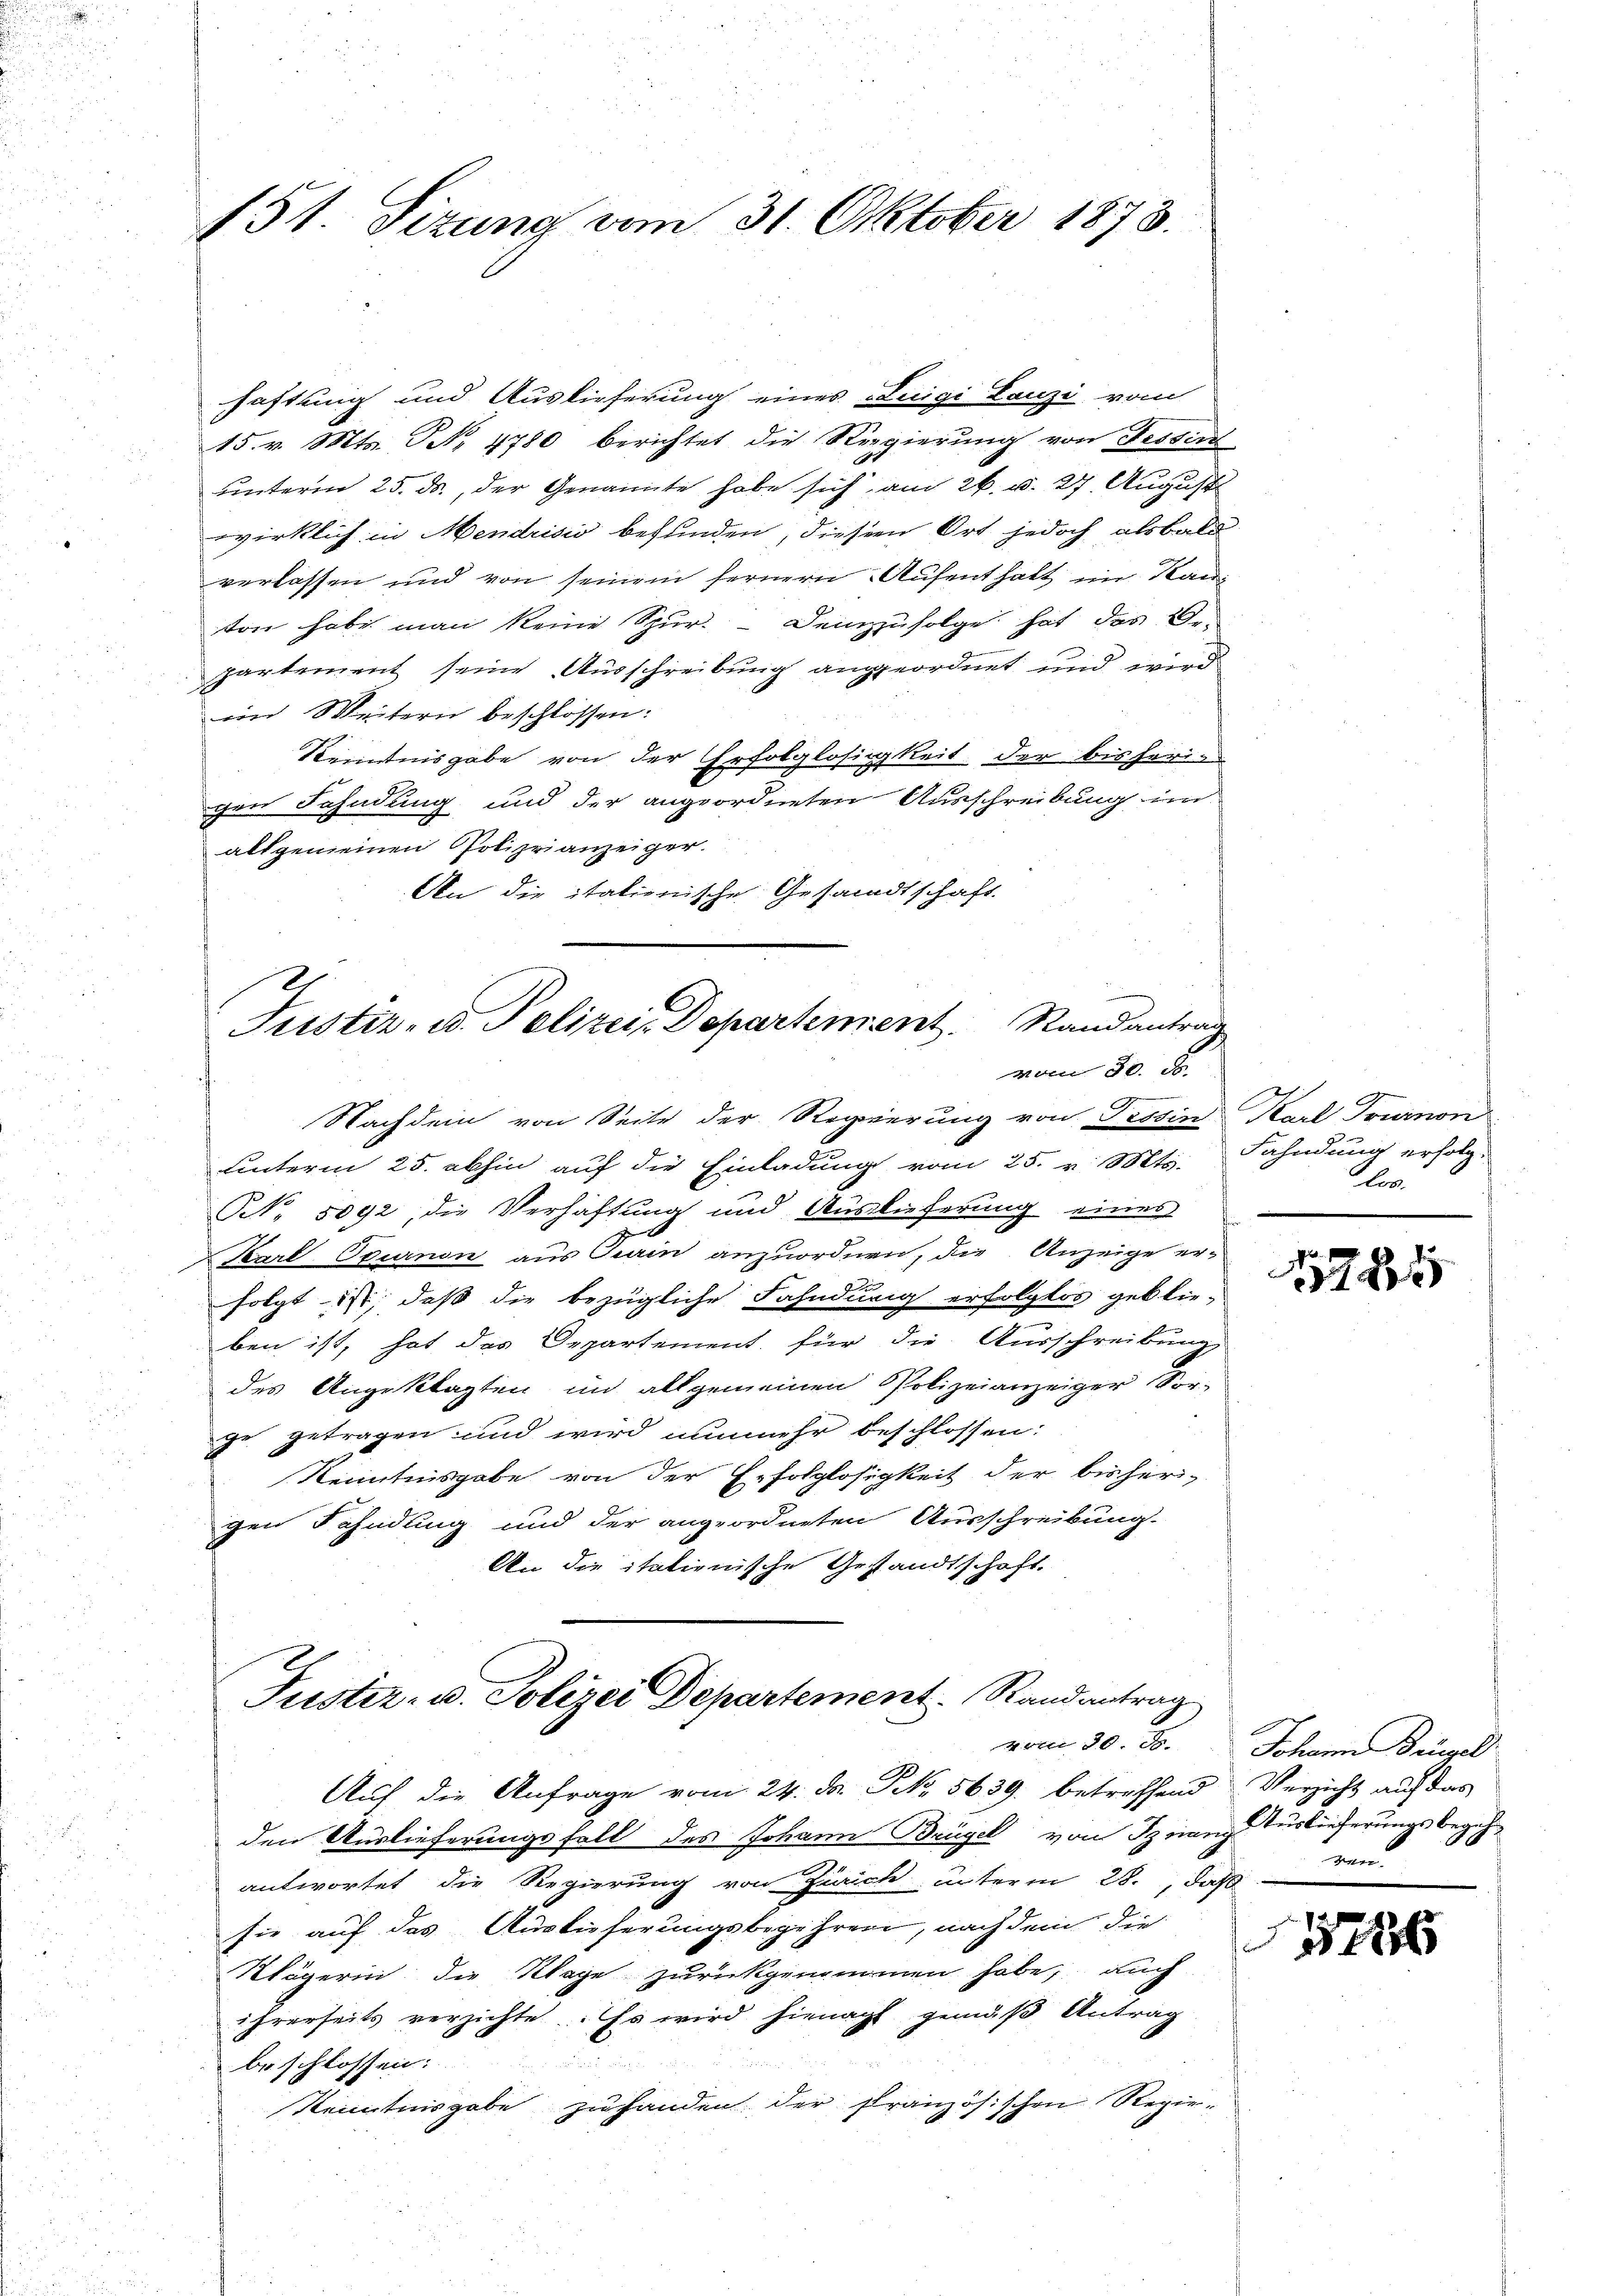
151. Sizung vom 31. Oktober 1873.

haftung und Auslieferung eines Luigi Lanzi vom
15. v. Mts. S. 4780 berichtet die Regierung von Festire
unterm 25. ds., der Genannte habe sich am 26. v. 27. August
wirklich in Mendrisis befunden, diesem Ort jedoch alsbald
verlassen und von seinem fernern Aufenthalt im Kanvon habe man keine Spur.  Demzufolge hat das Ge
partement seine Ausschreibung angeordnet und wird
von Weitern beschlossen:
Kenntnisgabe von der Erfolglosigkeit der bisherin
chen Fahndung und der angeordneten Ausschreibung im
allgemeinen Polizeianzeiger.
An die italienische Gesandtschaft.
Justiz- u. Polizei- Departement. Randantrag
vom 30. d.
Nachdem von Seite der Regierung von Tessin Karl Tournon
unterm 25. abhin auf die Einladung vom 25. v. Mts.
NNo. 5092, die Verhaftung und Auslieferung eines
Karl Opurnon aus Prain anzuordnen, die Anzeige er-
folgt ist, daß die bezügliche Fahndung erfolgtos geblie-
ben ist, hat das Departement für die Ausschreibung,
des Angeklagten in allgemeinen Polizeianzeiger Sor-
ge getragen und wird nunmehr beschlossen:
Kenntnisgabe von der Erfolglosigkeit der bisherigen Fahndung und der angeordneten Ausschreibung.
An die italienische Gestandtschaft.

Justiz- u. Polizei Departement. Randantrag

Fahndung erfolg.
len

Auf die Anfrage vom 24. d. P. 5639. betreffend Verzicht auf das
den Auslieferungsfall des Johann Brügel von Sznang Auslieferungsbegehantwortet die Regierung von Zürich unterm 28., daß
sie auf das Auslieferungsbegehren, nach dem die
Klägerin die Klage zurückgenommen habe, auch
ihrerseits verzichte. Es wird hienacht gemäß Antrag
beschlossen:
Kenntnisgabe zuhanden der Französischen Regie¬

1284

d
vom 30. 30. Johann Dingel
ren

578